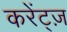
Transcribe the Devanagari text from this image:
करेंट्ज़